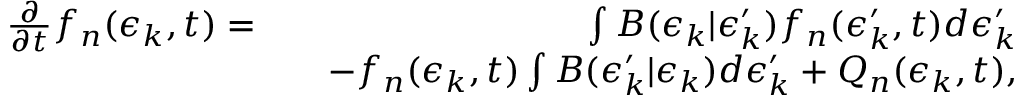
\begin{array} { r l r } { \frac { \partial } { \partial t } f _ { n } ( \epsilon _ { k } , t ) = } & { } & { \int B ( \epsilon _ { k } | \epsilon _ { k } ^ { \prime } ) f _ { n } ( \epsilon _ { k } ^ { \prime } , t ) d \epsilon _ { k } ^ { \prime } } \\ & { } & { - f _ { n } ( \epsilon _ { k } , t ) \int B ( \epsilon _ { k } ^ { \prime } | \epsilon _ { k } ) d \epsilon _ { k } ^ { \prime } + Q _ { n } ( \epsilon _ { k } , t ) , } \end{array}